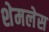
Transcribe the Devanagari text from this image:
शेमलेस